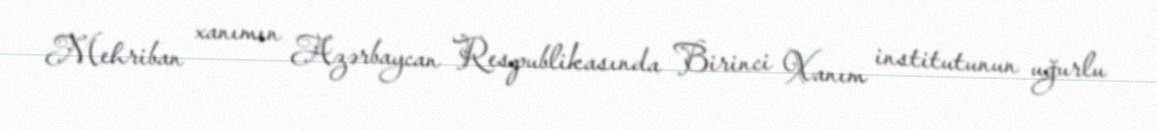
Mehriban xanımın Azərbaycan Respublikasında Birinci Xanım institutunun uğurlu